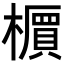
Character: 𬄹